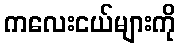
ကလေးငယ်များကို